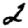
Digit: 2